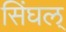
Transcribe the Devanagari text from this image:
सिंघल्